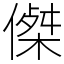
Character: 𠎀